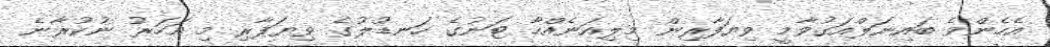
އެހެންވެ ބައިނަލްއަގުވާމީ ވިޔަފާރިން މިލިއަނެއްހާ ޓަނުގެ ހަނޑުލުގެ ވިޔަފާރި މި އަހަރު ނުކުރާނެ